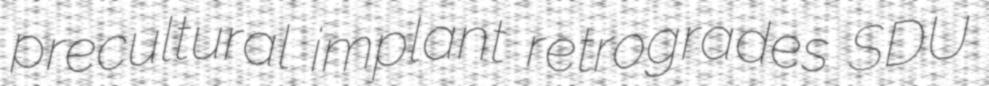
precultural implant retrogrades SDU